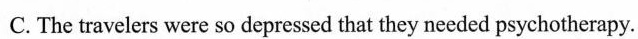
C. The travelers were so depressed that they needed psychotherapy.